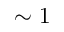
\sim 1